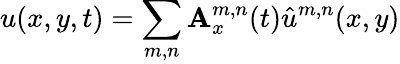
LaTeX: u(x,y,t)=\sum_{m,n}\mathbf{A}_{x}^{m,n}(t)\hat{{u}}^{m,n}(x,y)